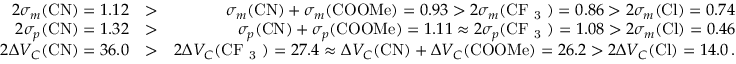
\begin{array} { r l r } { 2 \sigma _ { m } ( \mathrm { C N } ) = 1 . 1 2 } & { > } & { \sigma _ { m } ( \mathrm { C N } ) + \sigma _ { m } ( \mathrm { C O O M e } ) = 0 . 9 3 > 2 \sigma _ { m } ( \mathrm { C F ~ _ 3 ~ } ) = 0 . 8 6 > 2 \sigma _ { m } ( \mathrm { C l } ) = 0 . 7 4 } \\ { 2 \sigma _ { p } ( \mathrm { C N } ) = 1 . 3 2 } & { > } & { \sigma _ { p } ( \mathrm { C N } ) + \sigma _ { p } ( \mathrm { C O O M e } ) = 1 . 1 1 \approx 2 \sigma _ { p } ( \mathrm { C F ~ _ 3 ~ } ) = 1 . 0 8 > 2 \sigma _ { m } ( \mathrm { C l } ) = 0 . 4 6 } \\ { 2 \Delta V _ { C } ( \mathrm { C N } ) = 3 6 . 0 } & { > } & { 2 \Delta V _ { C } ( \mathrm { C F ~ _ 3 ~ } ) = 2 7 . 4 \approx \Delta V _ { C } ( \mathrm { C N } ) + \Delta V _ { C } ( \mathrm { C O O M e } ) = 2 6 . 2 > 2 \Delta V _ { C } ( \mathrm { C l } ) = 1 4 . 0 \, . } \end{array}